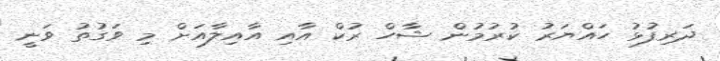
ދަރިފުޅު ހައްޔަރު ކުރުމުން ޝާހް ރުކް އާއި އާއިލާއަށް މި ވަގުތު ވަނީ